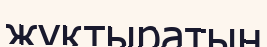
жұқтыратын